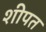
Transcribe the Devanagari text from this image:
शीपत